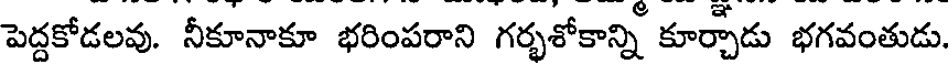
పెద్దకోడలవు. నీకూనాకూ భరింపరాని గర్భశోకాన్ని కూర్చాడు భగవంతుడు.